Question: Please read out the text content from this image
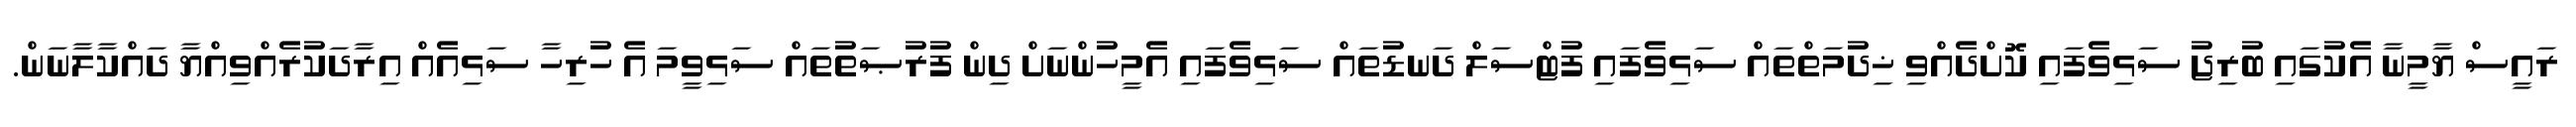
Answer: ރައީސް ޔާމީނާ އެކުގައި ބުރިޖު ސަޅިވެފައި ކޮށްދެއްވި ޚިދުމަތްތައް ސަޅިވެފައި ފުޓްސަލް ދަނޑުތައް ސަޅިވެފައި އެމީހުންނަށް ދިން ފުރުޞަތުތައް ސަޅިވީމަ އެ ހުރިހާ ސަޅިއެއް އިރާދަކުރެއްވިއްޔާ ދައްކާލާނަން.